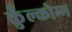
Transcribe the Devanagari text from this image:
कुँल्कोम्म